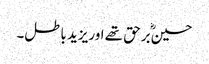
حسینؓ برحق تھے اوریزید باطل۔